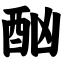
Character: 酗